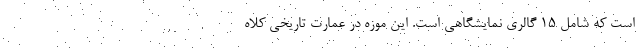
است که شامل ۱۵ گالری نمایشگاهی است. این موزه در عمارت تاریخی کلاه